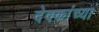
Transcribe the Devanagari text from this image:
देवकांच्या